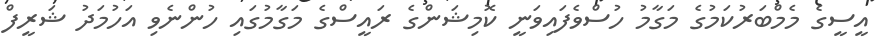
އީސީގެ މެމްބަރުކަމުގެ މަގާމު ހުސްވެފައިވަނީ ކޮމިޝަންގެ ރައީސްގެ މަގާމުގައި ހުންނެވި އަހުމަދު ޝަރީފް